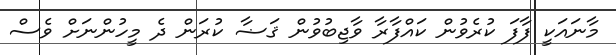
މާނައަކީ ފާފަ ކުރެވުން ކައްފާރާ ވާޖިބުވުން ޤަޟާ ކުރަން ދެ މީހުންނަށް ވެސް